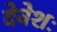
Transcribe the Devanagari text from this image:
देवेशः